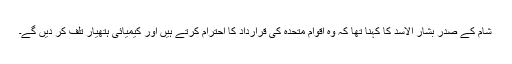
شام کے صدر بشار الاسد کا کہنا تھا کہ وہ اقوام متحدہ کی قرارداد کا احترام کرتے ہیں اور کیمیائی ہتھیار تلف کر دیں گے۔